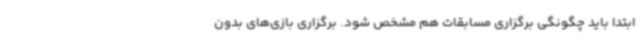
ابتدا باید چگونگی برگزاری مسابقات هم مشخص شود. برگزاری بازی‌های بدون